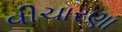
વીચારણા